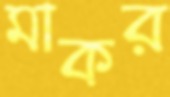
মাকর